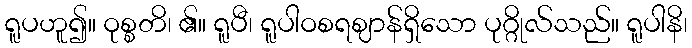
ရူပဟူ၍။ ဝုစ္စတိ၊ ၏။ ရူပီ၊ ရူပါဝစရဈာန်ရှိသော ပုဂ္ဂိုလ်သည်။ ရူပါနိ၊